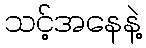
သင့်အနေနဲ့